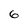
Character: 6